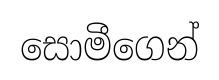
සොමීගෙන්